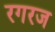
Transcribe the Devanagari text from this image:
रगरज